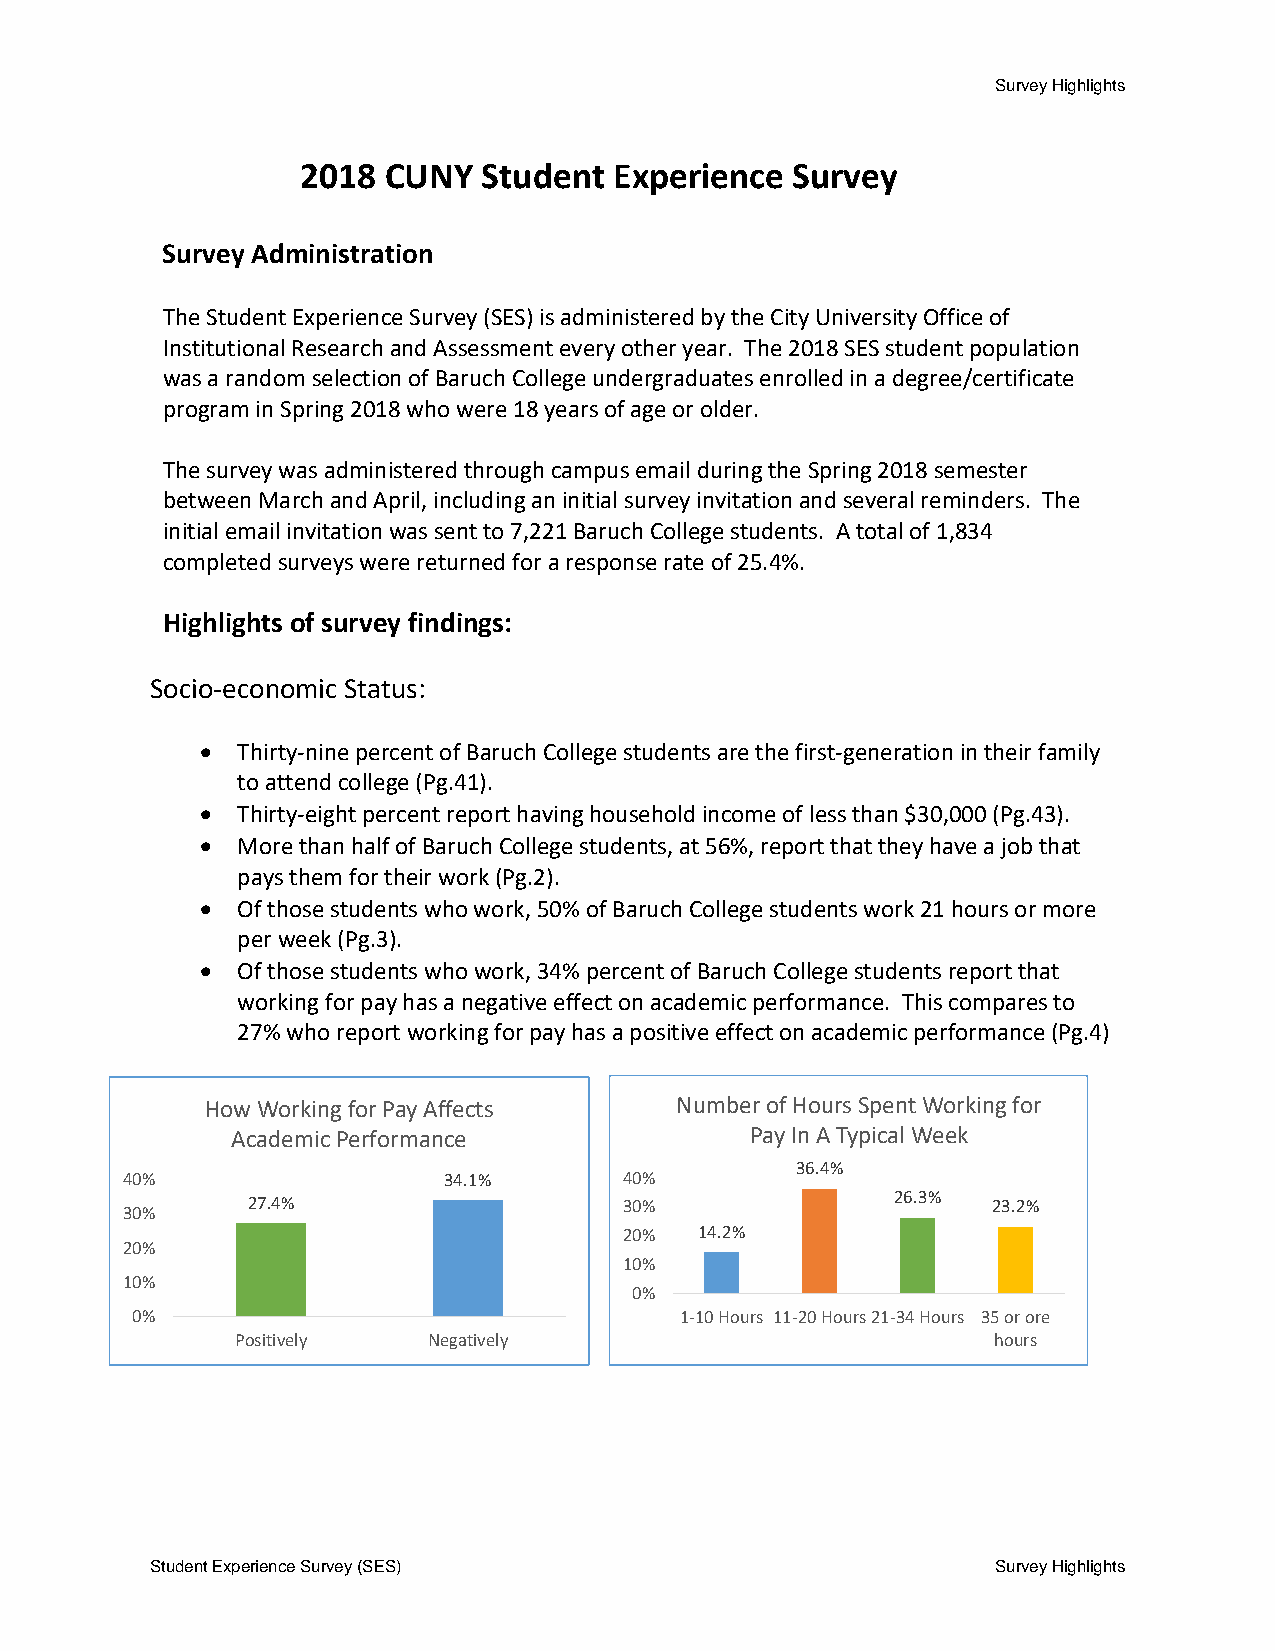
Survey Highlights
 2018 CUNY   Student  Experience Survey
 Survey Administration
 The Student Experience Survey (SES) is administered by the City University Office of
 Institutional Research and Assessment every other year. The 2018 SES student population
 was a random selection of Baruch College undergraduates enrolled in a degree/certificate
 program in Spring 2018 who were 18 years of age or older.
 The survey was administered through campus email during the Spring 2018 semester
 between March and April, including an initial survey invitation and several reminders. The
 initial email invitation was sent to 7,221 Baruch College students. A total of 1,834
 completed surveys were returned for a response rate of 25.4%.
 Highlights of survey findings:
 Socio-economic Status:
 •  Thirty-nine percent of Baruch College students are the first-generation in their family
 to attend college (Pg.41).
 •  Thirty-eight percent report having household income of less than $30,000 (Pg.43).
 •  More than half of Baruch College students, at 56%, report that they have a job that
 pays them for their work (Pg.2).
 •  Of those students who work, 50% of Baruch College students work 21 hours or more
 per week (Pg.3).
 •  Of those students who work, 34% percent of Baruch College students report that
 working for pay has a negative effect on academic performance. This compares to
 27% who report working for pay has a positive effect on academic performance (Pg.4)
 How Working for Pay Affects    Number of Hours Spent Working for
 Academic Performance               Pay In A Typical Week
 36.4%
 40%                  34.1%       40%
 27.4%                    30%               26.3%  23.2%
 30%
 20%  14.2%
 20%
 10%
 10%
 0%
 0%                                  1-10 Hours 11-20 Hours21-34 Hours 35 or ore
 Positively  Negatively                            hours
 Student Experience Survey (SES)                         Survey Highlights